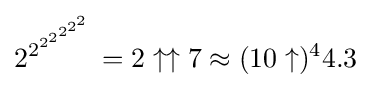
2^{2^{2^{2^{2^{2^{2}}}}}}=2\uparrow \uparrow 7\approx (10\uparrow )^{4}4.3